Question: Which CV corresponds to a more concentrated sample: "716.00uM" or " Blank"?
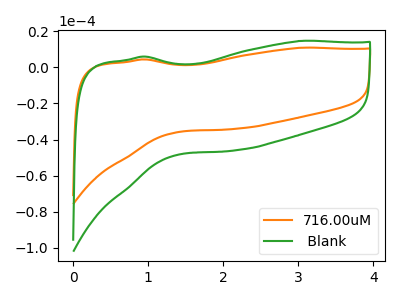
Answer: <think>The orange curve "716.00uM" has no peaks. The green curve " Blank" has no peaks.
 Neither "716.00uM" or " Blank" have any peaks.</think>
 <answer>I cant tell if "716.00uM" or " Blank" has higher concentration.</answer>
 <eval>mixed_concentration</eval>